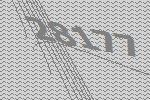
28177